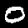
Label: 0